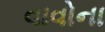
વાવોના